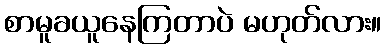
စာမူခယူနေကြတာပဲ မဟုတ်လား။